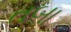
તબા